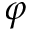
\varphi